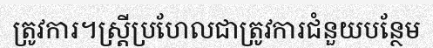
ត្រូវការ។ស្ត្រីប្រហែលជាត្រូវការជំនួយបន្ថែម